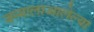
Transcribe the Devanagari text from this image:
जन्मालाआलेल्या